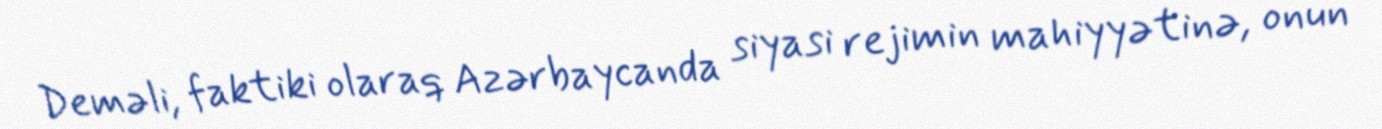
Deməli, faktiki olaraq Azərbaycanda siyasi rejimin mahiyyətinə, onun